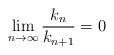
LaTeX: \begin{align*}\lim_{n\rightarrow\infty}\frac{k_n}{k_{n+1}}=0\end{align*}